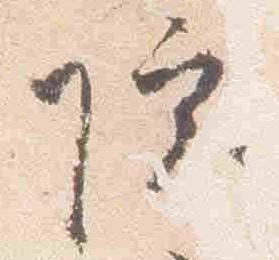
院